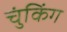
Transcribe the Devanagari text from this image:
चुंकिंग